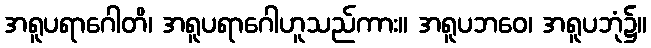
အရူပရာဂေါတိ၊ အရူပရာဂေါဟူသည်ကား။ အရူပဘဝေ၊ အရူပဘုံ၌။